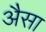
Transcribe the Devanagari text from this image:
अैसा